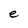
Character: e